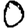
Digit: 0